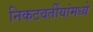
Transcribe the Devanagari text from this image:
निकटवर्तीयांमध्ये